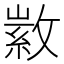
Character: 𢾰